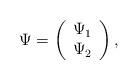
LaTeX: \begin{align*}\Psi = \left( \begin{array}{c} \Psi_{1} \\ \Psi_{2} \\ \end{array} \right),\end{align*}